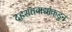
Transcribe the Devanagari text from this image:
दहशतवाद्यांकडुन